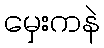
မှေးကနဲ